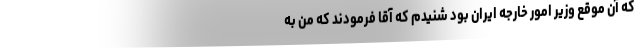
که آن موقع وزیر امور خارجه ایران بود شنیدم که آقا فرمودند که من به